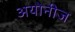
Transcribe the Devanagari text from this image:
अयोनीज